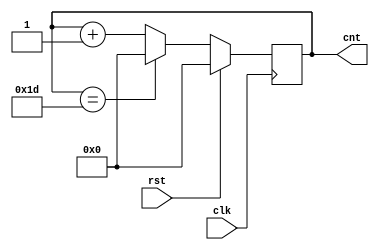
module mod30 (clk,rst,cnt);

	input clk,rst;
	output reg[4:0] cnt;
	
	
	wire [4:0] tom,cntplus1;
	
	always @(posedge clk) begin
		if(rst)
			cnt<=0;
		else
			cnt<=tom;
	end
	
	assign eq29 = (cnt==29);
	
	assign tom = (eq29)?0:cntplus1;
	
	
	assign cntplus1=cnt+1;
	
endmodule